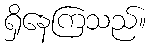
ရှိနေကြသည်။